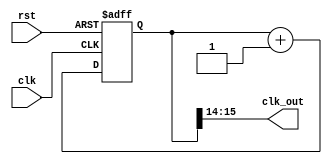
module freq_div(
clk_out, // divided clock output
clk, // global clock input
rst // active high reset
);

output [1:0] clk_out; // divided output
input clk; // global clock input
input rst; // active high reset
reg [15:0] cnt; // remainder of the counter
reg [15:0] cnt_tmp; // input to dff (in always block)
wire [1:0] clk_out;

// Dividied frequency
assign clk_out[0] = cnt[14];
assign clk_out[1] = cnt[15];

// Combinational logics: increment, neglecting overflow 
always @(cnt)
cnt_tmp = cnt + 1'b1;

// Sequential logics: Flip flops
always @(posedge clk or negedge rst)
if (~rst) 
cnt<=16'd0;
else 
cnt<=cnt_tmp;
endmodule